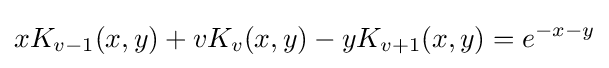
xK_{v-1}(x,y)+vK_{v}(x,y)-yK_{v+1}(x,y)=e^{-x-y}